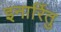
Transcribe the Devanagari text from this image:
इनार्रितु